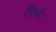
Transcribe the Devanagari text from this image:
मिर्च।